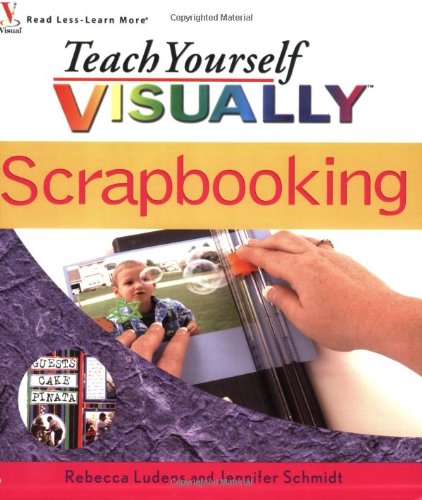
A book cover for Teach Yourself VISUALLY Scrapbooking; Rebecca Ludens; Crafts, Hobbies & Home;